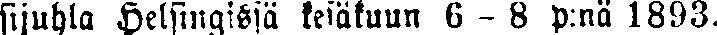
sijuhla Helsingissä kesäkuun 6 - 8 p:nä 1893.